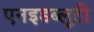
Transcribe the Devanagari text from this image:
एनइडब्लूटी